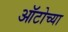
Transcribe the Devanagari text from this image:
ऑटोच्या